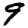
Digit: 9